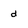
Character: d